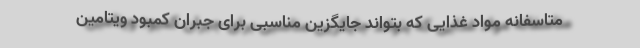
متاسفانه مواد غذایی که بتواند جایگزین مناسبی برای جبران کمبود ویتامین